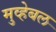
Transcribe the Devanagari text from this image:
मुव्हेबल